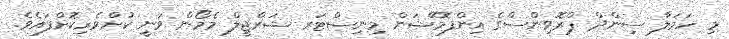
މި ހަމަލާ ސިންދް ޕްރޮވިންސްގެ އިންފޮމޭޝަން މިނިސްޓަރ ޝަރްޖީލް މެމޯން ވަނީ ކުށްވެރިކޮށްފައެވެ.